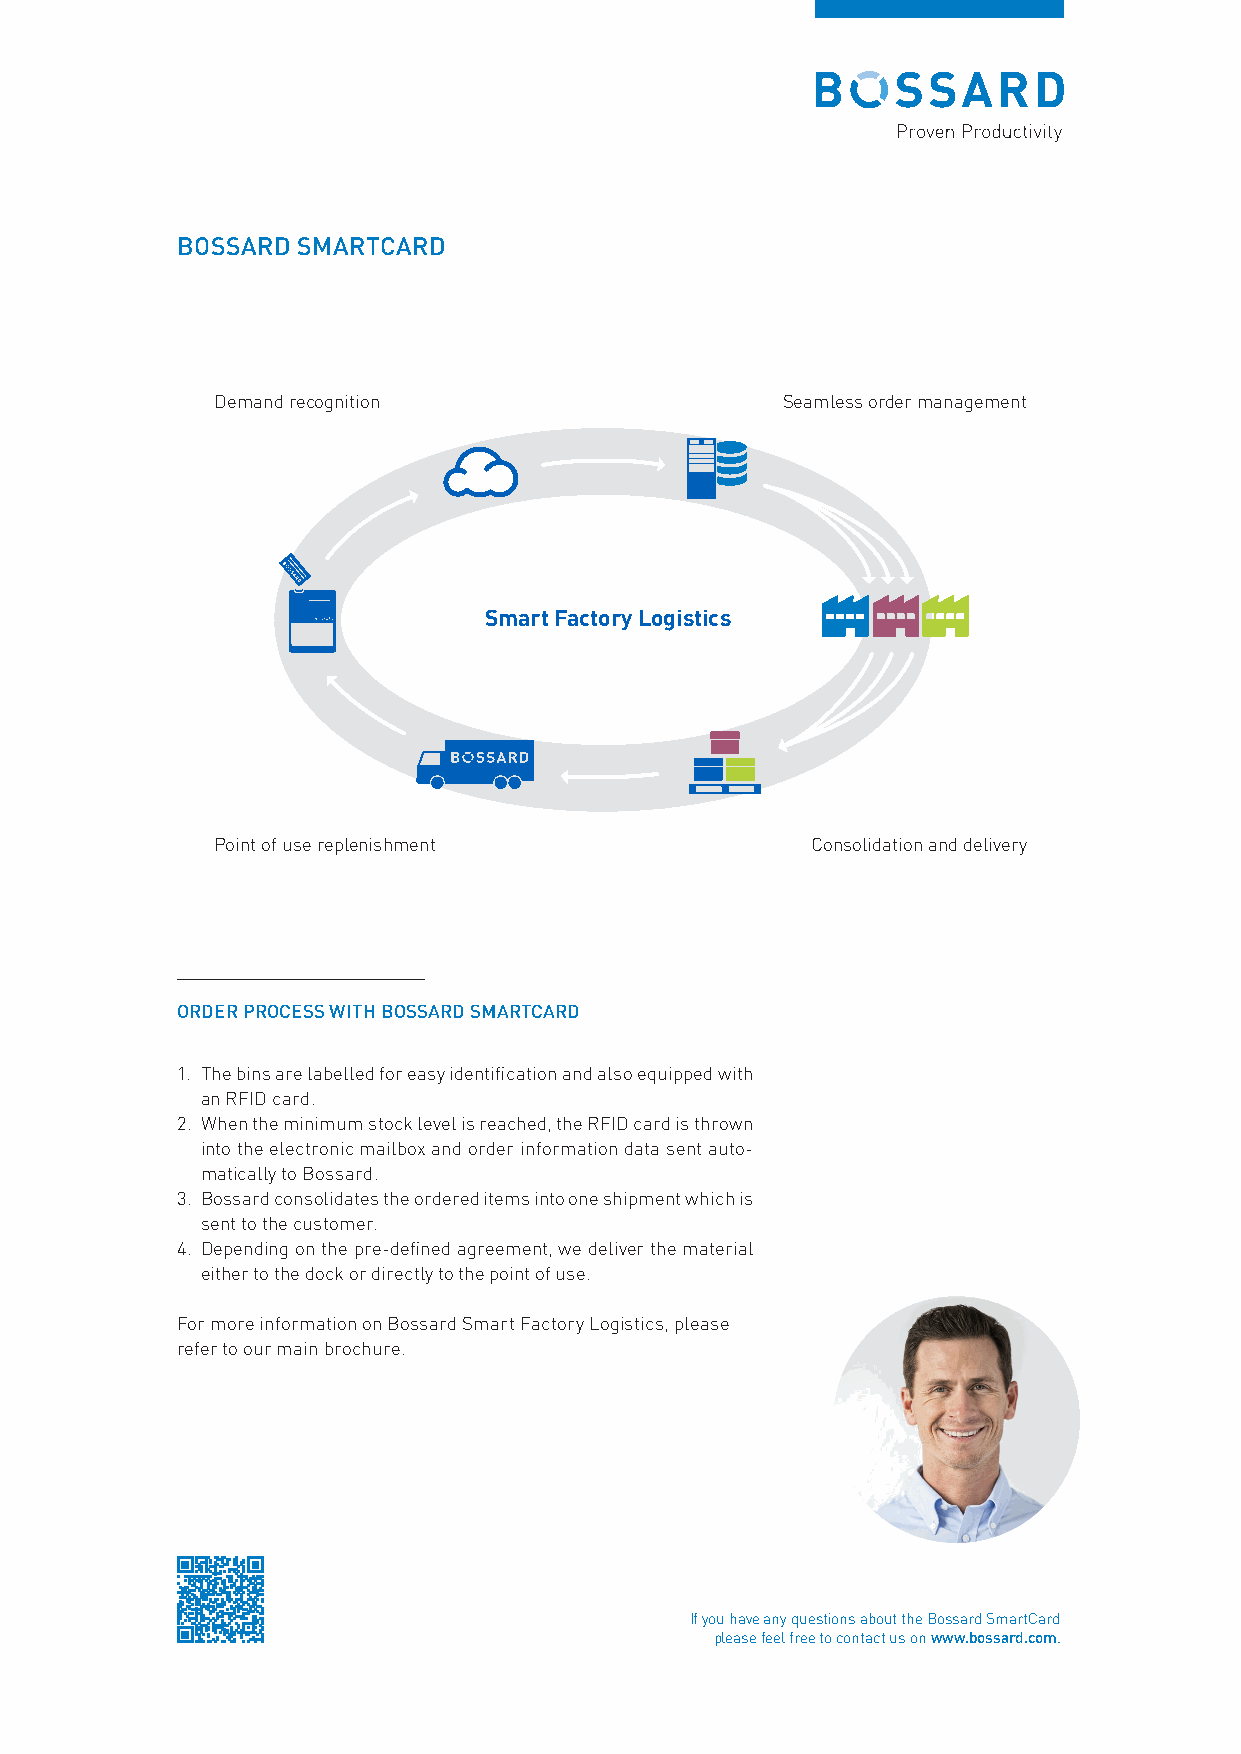
BOSSARD SMARTCARD
 Demand recognition                    Seamless order management
 Smart Factory Logistics
 Point of use replenishment              Consolidation and delivery
 ORDER PROCESS WITH BOSSARD SMARTCARD
 1. The bins are labelled for easy identification and also equipped with
 an RFID card.
 2. When the minimum stock level is reached, the RFID card is thrown
 into the electronic mailbox and order information data sent auto-
 matically to Bossard.
 3. Bossard consolidates the ordered items into one shipment which is
 sent to the customer.
 4. Depending on the pre-defined agreement, we deliver the material
 either to the dock or directly to the point of use.
 For more information on Bossard Smart Factory Logistics, please
 refer to our main brochure.
 If you have any questions about the Bossard SmartCard
 please feel free to contact us on www.bossard.com.